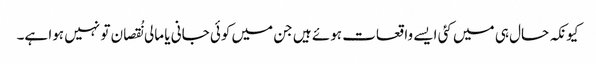
کیونکہ حال ہی میں کئی ایسے واقعات ہوئے ہیں جن میں کوئی جانی یا مالی نُقصان تو نہیں ہوا ہے۔